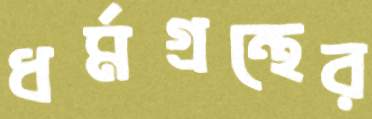
ধর্মগ্রন্থের